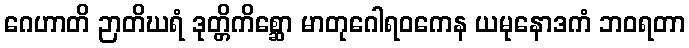
ဂေဟာတိ ဉာတိဃရံ ဒုတ္တိကိစ္ဆော မာတုဂေါရဝကေန ယမုနောဒကံ ဘဝရတာ